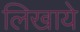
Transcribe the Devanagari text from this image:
लिखाये